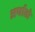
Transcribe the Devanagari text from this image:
अर्थातो